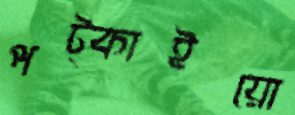
পট্‌কাইয়ো